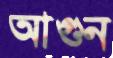
আগুন